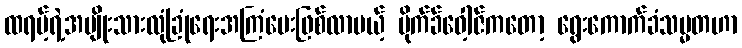
ထရမ့်ရဲ့အမျိုးသားလုံခြုံရေးအကြံပေးဖြစ်လာမယ့် မိုက်ခ်ဝေါ့ဇ်ကတော့ ရွေးကောက်ခံသမ္မတဟာ